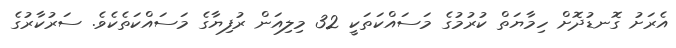
އެރަށު ގޮނޑުދޮށް ހިމާޔަތް ކުރުމުގެ މަސައްކަތަކީ 32 މިލިއަން ރުފިޔާގެ މަސައްކަތެކެވެ. ސަރުކާރުގެ